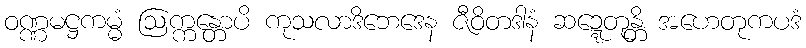
ဝဏ္ဏမဋ္ဌကမ္မံ ဩက္ကန္တောပိ ကုသလာဒိဘေဒေန ဇီဝိတဒါနံ ဆဍ္ဍေတုန္တိ အဟေတုကပဒံ